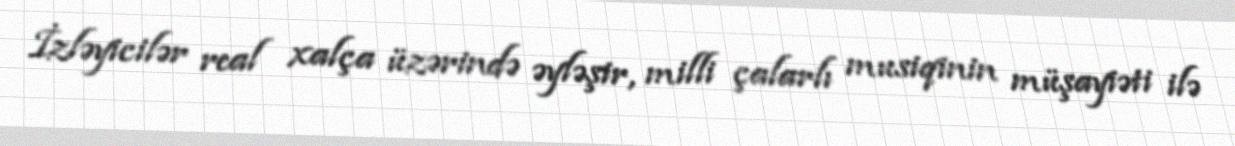
İzləyicilər real xalça üzərində əyləşir, milli çalarlı musiqinin müşayiəti ilə